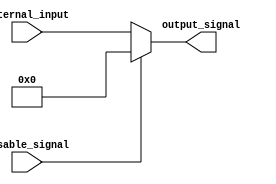
module DisableBlock (
    input wire disable_signal,  // Control Signal
    input wire [N-1:0] internal_input, // Internal Input (N-bit wide)
    output reg [N-1:0] output_signal // Output Signal (N-bit wide)
);
    parameter N = 8; // Define the width of the input and output signals

    always @(*) begin
        if (disable_signal) begin
            // When disable_signal is high, hold the output at a predefined state (logic low)
            output_signal = {N{1'b0}}; // Output is held low (or can be set to any predefined value)
        end else begin
            // When disable_signal is low, perform normal operation
            output_signal = internal_input; // Example operation: pass the internal input to output
        end
    end
endmodule